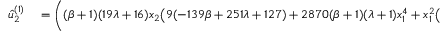
\begin{array} { r l } { \hat { u } _ { 2 } ^ { ( 1 ) } } & { { } = \bigg ( ( \beta + 1 ) ( 1 9 \lambda + 1 6 ) x _ { 2 } \big ( 9 ( - 1 3 9 \beta + 2 5 1 \lambda + 1 2 7 ) + 2 8 7 0 ( \beta + 1 ) ( \lambda + 1 ) x _ { 1 } ^ { 4 } + x _ { 1 } ^ { 2 } \big ( 3 5 0 ( \beta + 1 ) ( \lambda + 1 ) x _ { 2 } ^ { 2 } } \end{array}